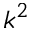
k ^ { 2 }